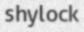
shylock